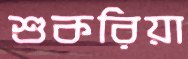
শুকরিয়া